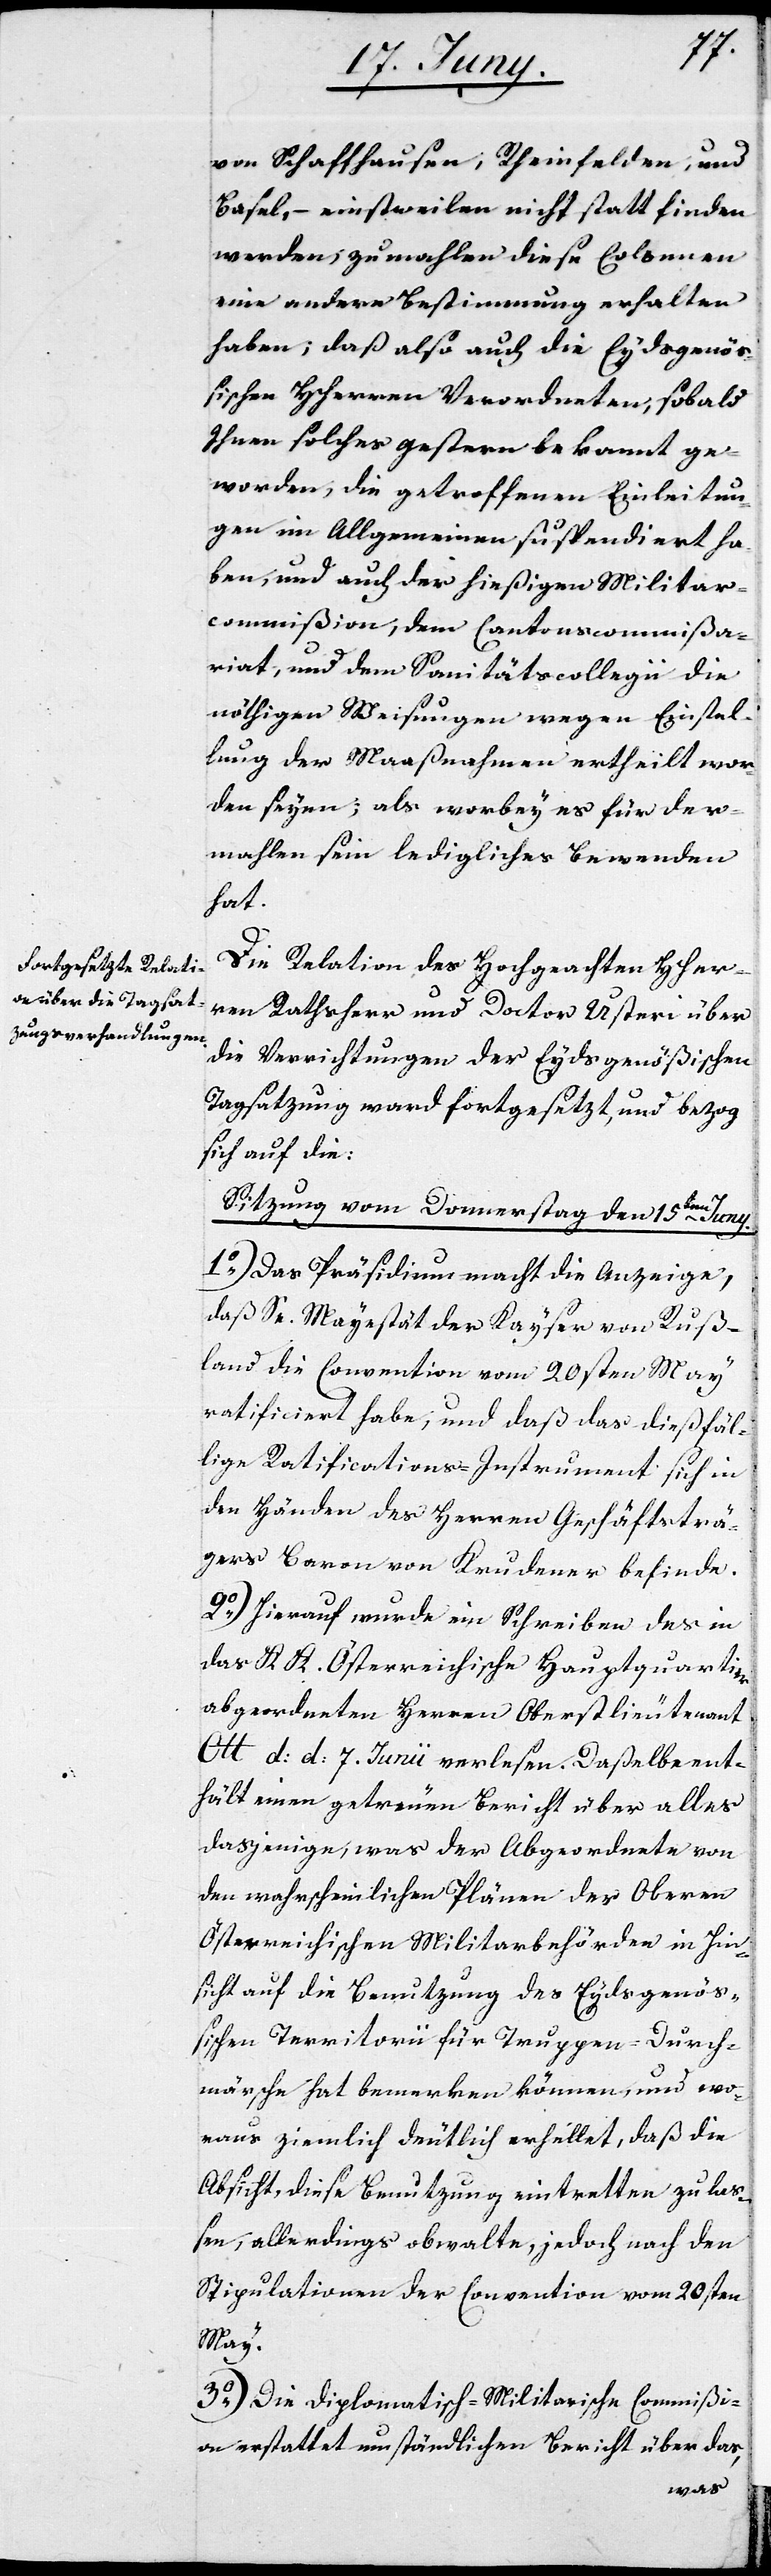
von Schaffhausen, Rheinfelden, und
Basel, – einstweilen nicht statt finden
werden, zumahlen diese Colonnen
eine andere Bestimmung erhalten
haben; daß also auch die Eydsgenöß¬
ischen HHerren Verordneten, sobald
Ihnen solches gestern bekannt ge¬
worden, die getroffenen Einleitun¬
gen im Allgemeinen suspendiert ha¬
ben, und auch der hießigen Militar¬
commißion, dem Cantonscommißa¬
riat, und dem Sanitätscollegii die
nöthigen Weisungen wegen Einstel¬
lung der Maaßnahmen ertheilt wor¬
den seyen; als worbey es für der¬
mahlen sein ledigliches Bewenden
hat.
Die Relation des Hochgeachten HHer¬
ren Rathsherr und Doctor Usteri über
die Verrichtungen der Eydsgenößischen
Tagsatzung ward fortgesetzt, und bezog
sich auf die:
Sitzung vom Donnerstag den 15ten Juny.
1o) Das Präsidium macht die Anzeige,
daß Se. Majestät der Kayser von Ruß¬
land die Convention vom 20sten May
ratificiert habe, und daß das dießfäl¬
lige Ratifications-Instrument sich in
den Händen des Herren Geschäftsträ¬
gers Baron von Krudener befinde.
2o) Hierauf wurde ein Schreiben des in
das K. K. Österreichische Hauptquartier
abgeordneten Herren Oberstlieutenant
Ott d: d: 7. Junii verlesen. Daßelbe ent¬
hält einen getreuen Bericht über alles
dasjenige, was der Abgeordnete von
den wahrscheinlichen Plänen der Oberen
Österreichischen Militarbehörde in Hin¬
sicht auf die Benutzung des Eydsgenöß¬
ischen Territorii für Truppen-Durch¬
märsche hat bemerken können, und wo¬
raus ziemlich deutlich erhellet, daß die
Absicht, diese Benutzung eintretten zu laß¬
en, allerdings obwalte, jedoch nach den
Stipulationen der Convention vom 20sten
May.
3o) Die Diplomatisch-Militarische Commißi¬
on erstattet umständlichen Bericht über das,